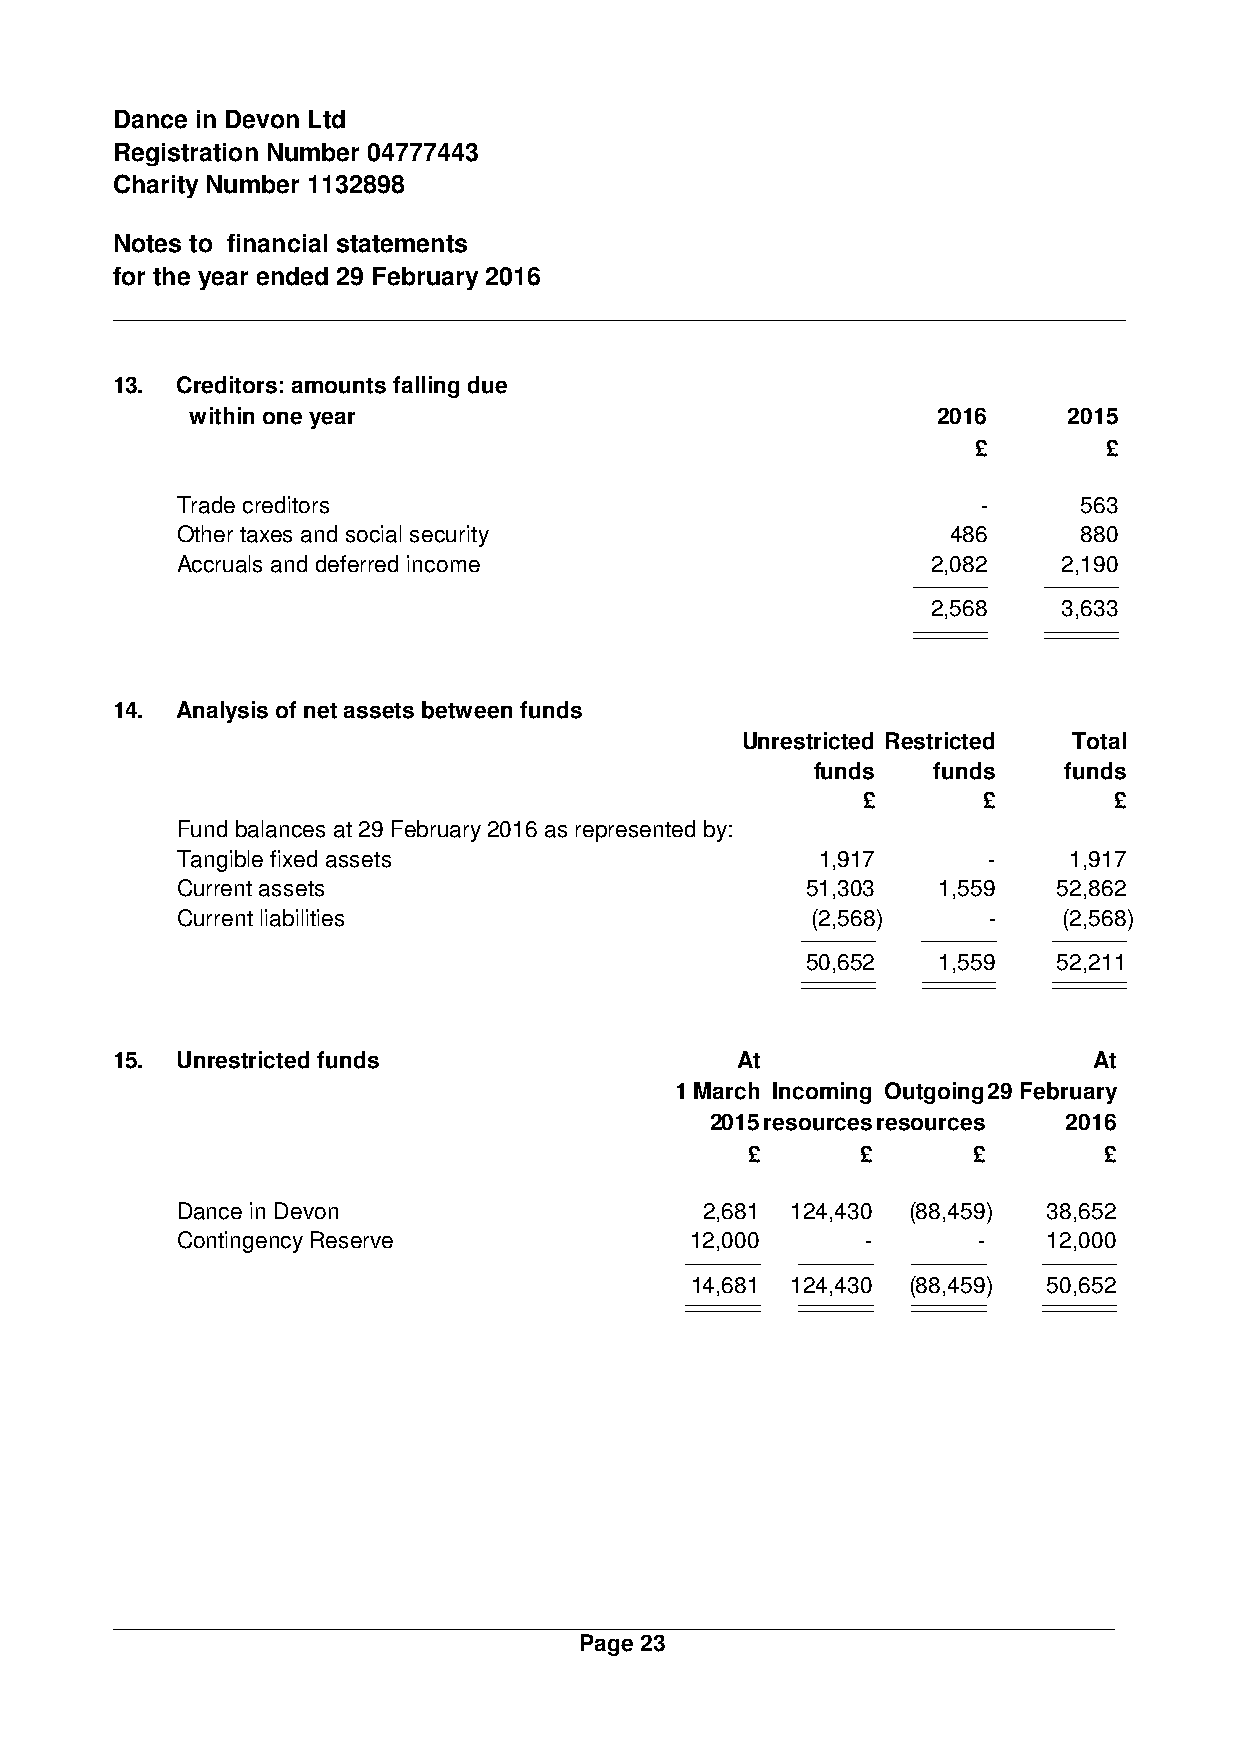
Dance in Devon Ltd
 Registration Number 04777443
 Charity Number 1132898
 Notes to financial statements
 for the year ended 29 February 2016
 13.  Creditors: amounts falling due
 within one year                                  2016     2015
 £       £
 Trade creditors                                      -      563
 Other taxes and social security                    486      880
 Accruals and deferred income                      2,082   2,190
 2,568   3,633
 14.  Analysis of net assets between funds
 Unrestricted Restricted Total
 funds   funds   funds
 £       £        £
 Fund balances at 29 February 2016 as represented by:
 Tangible fixed assets                     1,917      -     1,917
 Current assets                           51,303   1,559   52,862
 Current liabilities                       (2,568)    -    (2,568)
 50,652   1,559   52,211
 15.  Unrestricted funds                   At                     At
 1 March Incoming Outgoing29 February
 2015resourcesresources  2016
 £      £      £        £
 Dance in Devon                     2,681 124,430 (88,459) 38,652
 Contingency Reserve               12,000     -       -   12,000
 14,681 124,430 (88,459) 50,652
 Page 23